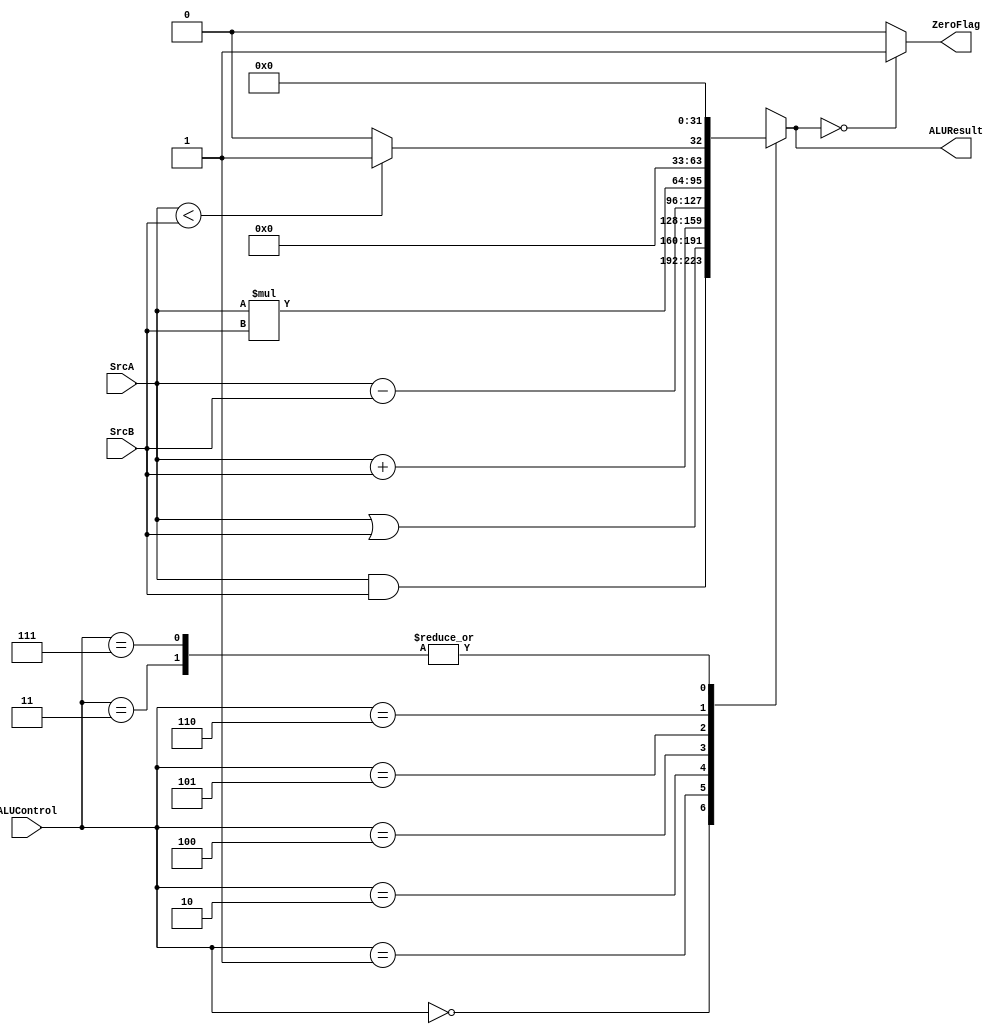
module ALU#(parameter Data_Size ='d32 ,ALU_Decoder_Size='d3) (
    input wire [Data_Size-1:0] SrcA,
    input wire [Data_Size-1:0] SrcB,
    input wire [ALU_Decoder_Size-1:0] ALUControl,
    output reg [Data_Size-1:0] ALUResult,
    output reg ZeroFlag
);
    
always @(*) begin
    case (ALUControl)

        3'b000: begin
            ALUResult=SrcA & SrcB;
        end

         3'b001: begin
            ALUResult=SrcA | SrcB;
        end

         3'b010: begin
            ALUResult=SrcA + SrcB;
        end

         3'b011: begin
            ALUResult=32'b0; // *? Should NOT SET ALUResult to 0
          end

          3'b100: begin
            ALUResult=SrcA - SrcB;
        end

          3'b101: begin
            ALUResult=SrcA * SrcB;
        end

          3'b110: begin
              // *! Last bit is a sign bit 
              // *?  ALUResult=SrcA - SrcB; 
             /* if (ALUResult[31]==1) begin
                  ALUResult=32'b1;
              end 
              else begin
                  ALUResult=32'b0;
              end*/

            if (SrcA < SrcB) begin // *! Large compartor is beign used
                 ALUResult=32'b1;
            end
            else begin
                ALUResult=32'b0;
            end
        end

         3'b111: begin
            ALUResult=32'b0; // *? Should NOT SET ALUResult to 0
        end
   
        default: ALUResult=32'b0; // *? Should The defult be ALUResult = 0
    endcase
end

always @(*) begin
    if(ALUResult==0)
    begin
        ZeroFlag=1'b1;
    end
    else begin
        ZeroFlag=1'b0;
    end
end

endmodule